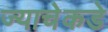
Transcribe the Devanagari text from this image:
ज्याचेकडे